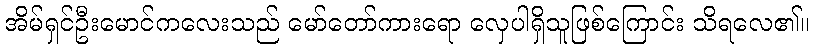
အိမ်ရှင်ဦးမောင်ကလေးသည် မော်တော်ကားရော လှေပါရှိသူဖြစ်ကြောင်း သိရလေ၏။